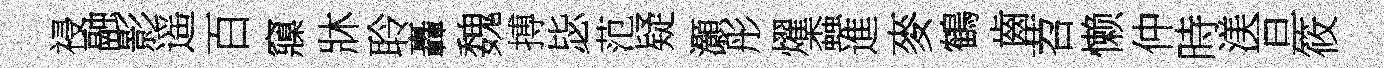
祲融影遥百䆿牀聆轟魏搏毖范疑灝彤燿螙進麥鶴齒苕懒仲時渼亘筱